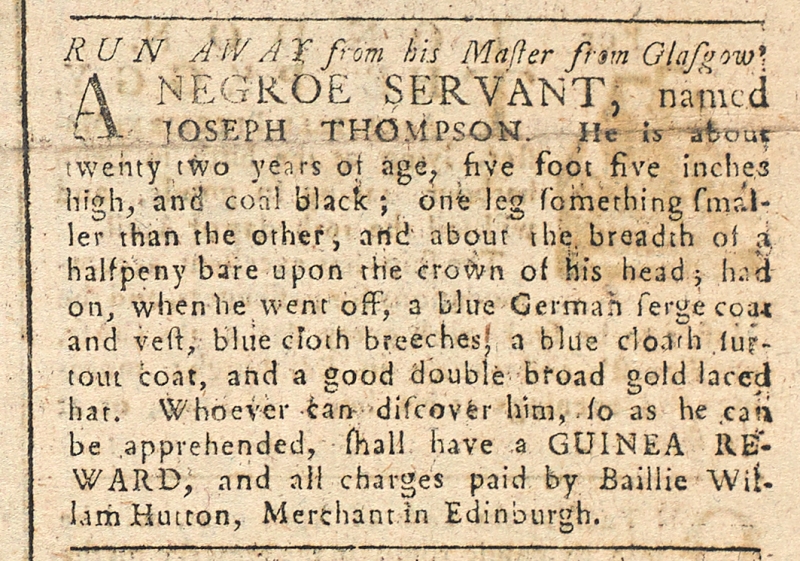
Caledonian Mercury, 31 March 1764 (Scotland)
RUN AWAY from his Master from GlasgowA NEGROE SERVANT, named JOSEPH THOMPSON. He is about twenty two years of age, five foot five inches high, and coal black; one leg something smaller than the other, and about the breadth of a halfpeny bare upon the crown of his head; had on, when he went off, a blue German serge coat and vest, blue cloth breeches, a blue cloath surtout coat, and a good double broad gold laced hat. Whoever can discover him, so as he can be apprehended, shall have a GUINEA REWARD, and all charges paid by Bailie Wiiliam Hutton, Merchant in Edinburgh.